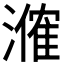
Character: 𬈼